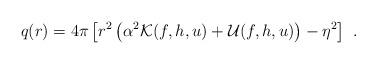
LaTeX: \begin{align*}q(r)=4\pi \left[r^2\left(\alpha^2{\cal K}(f,h,u)+{\cal U}(f,h,u)\right)-\eta^2\right] \ .\end{align*}